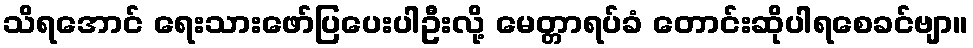
သိရအောင် ရေးသားဖော်ပြပေးပါဦးလို့ မေတ္တာရပ်ခံ တောင်းဆိုပါရစေခင်ဗျာ။